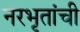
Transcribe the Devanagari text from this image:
नरभृतांची